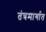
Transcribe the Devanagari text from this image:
तंत्रमार्गात